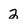
Character: 2